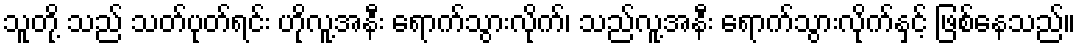
သူတို့ သည် သတ်ပုတ်ရင်း ဟိုလူ့အနီး ရောက်သွားလိုက်၊ သည်လူ့အနီး ရောက်သွားလိုက်နှင့် ဖြစ်နေသည်။